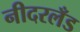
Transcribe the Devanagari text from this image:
नीदरलँड